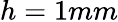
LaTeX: h=1mm